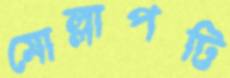
মোল্লাপট্টি